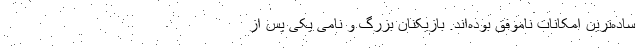
ساده‌ترین امکانات ناموفق بوده‌اند. بازیکنان بزرگ و نامی یکی پس از